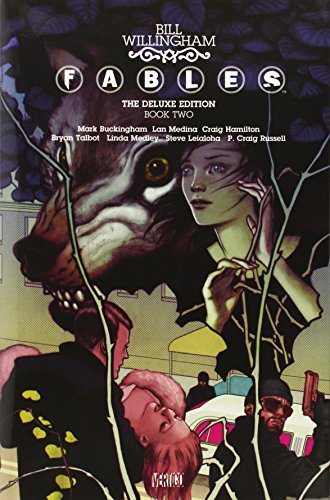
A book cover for Fables: The Deluxe Edition Book Two; Bill Willingham; Comics & Graphic Novels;